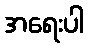
အရေးပါ